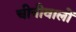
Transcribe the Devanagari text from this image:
चीनीवालों